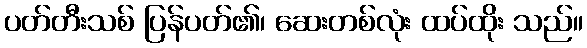
ပတ်တီးသစ် ပြန်ပတ်၏၊ ဆေးတစ်လုံး ထပ်ထိုး သည်။